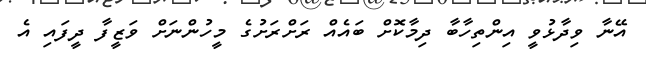
އޭނާ ވިދާޅުވީ އިންތިހާބާ ދިމާކޮށް ބައެއް ރަށްރަށުގެ މީހުންނަށް ވަޒީފާ ދީފައި އެ